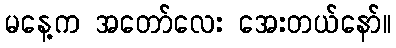
မနေ့က အတော်လေး အေးတယ်နော်။